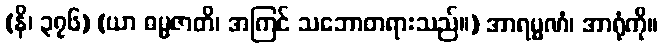
(နိ၊ ၃၇၆) (ယာ ဓမ္မဇာတိ၊ အကြင် သဘောတရားသည်။) အာရမ္မဏံ၊ အာရုံကို။